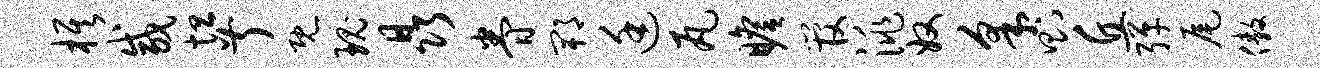
旗咸坦叔既瑰晶眷郫廷瓦瞻管洮奴采则丘弹尾傲